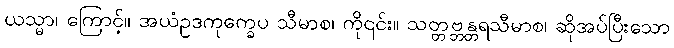
ယသ္မာ၊ ကြောင့်။ အယံဥဒကုက္ခေပ သီမာစ၊ ကို၎င်း။ သတ္တဗ္ဘန္တရသီမာစ၊ ဆိုအပ်ပြီးသော